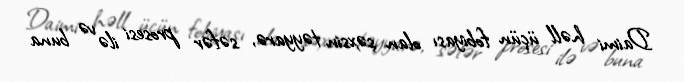
Daimi həll üçün fobiyası olan şəxsin təyyarə, səfər prosesi ilə və buna